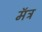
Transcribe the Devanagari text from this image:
मॅत्र